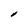
Character: I